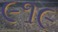
૯૧૯